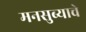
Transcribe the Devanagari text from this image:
मनसुब्याचे